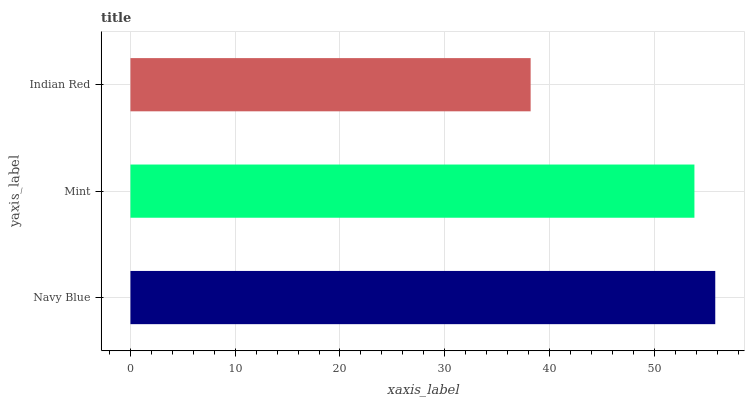
| yaxis_label | bars |
 | --- | --- |
 | Navy Blue | 55.8 |
 | Mint | 53.8 |
 | Indian Red | 38.2 |